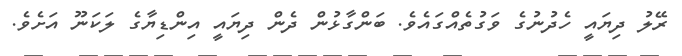
ރޭލު ދިޔައީ ހެދުނުގެ ވަގުތެއްގައެވެ. ބަންގާޅުން ދެން ދިޔައީ އިންޑިޔާގެ ލަކަނޫ އަށެވެ.